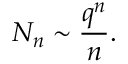
N _ { n } \sim { \frac { q ^ { n } } { n } } .